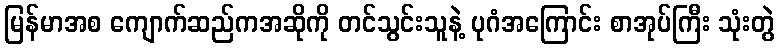
မြန်မာအစ ကျောက်ဆည်ကအဆိုကို တင်သွင်းသူနဲ့ ပုဂံအကြောင်း စာအုပ်ကြီး သုံးတွဲ